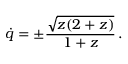
\dot { q } = \pm { \frac { \sqrt { z ( 2 + z ) } } { 1 + z } } \, .